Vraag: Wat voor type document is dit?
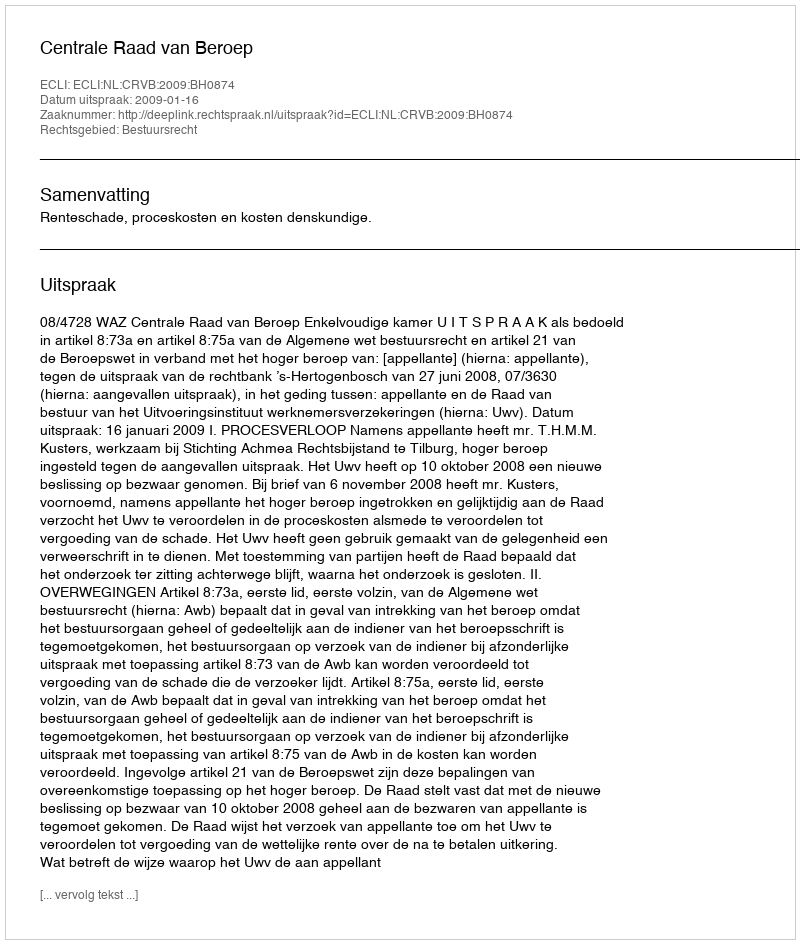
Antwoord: Uitspraak